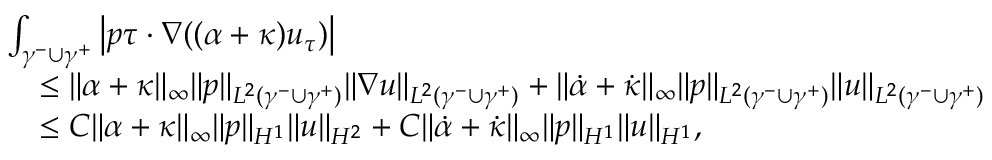
\begin{array} { r l } & { \int _ { \gamma ^ { - } \cup \gamma ^ { + } } \left| p \tau \cdot \nabla ( ( \alpha + \kappa ) u _ { \tau } ) \right| } \\ & { \quad \leq \| \alpha + \kappa \| _ { \infty } \| p \| _ { L ^ { 2 } ( \gamma ^ { - } \cup \gamma ^ { + } ) } \| \nabla u \| _ { L ^ { 2 } ( \gamma ^ { - } \cup \gamma ^ { + } ) } + \| \dot { \alpha } + \dot { \kappa } \| _ { \infty } \| p \| _ { L ^ { 2 } ( \gamma ^ { - } \cup \gamma ^ { + } ) } \| u \| _ { L ^ { 2 } ( \gamma ^ { - } \cup \gamma ^ { + } ) } } \\ & { \quad \leq C \| \alpha + \kappa \| _ { \infty } \| p \| _ { H ^ { 1 } } \| u \| _ { H ^ { 2 } } + C \| \dot { \alpha } + \dot { \kappa } \| _ { \infty } \| p \| _ { H ^ { 1 } } \| u \| _ { H ^ { 1 } } , } \end{array}